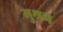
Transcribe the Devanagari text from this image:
मुश्रन